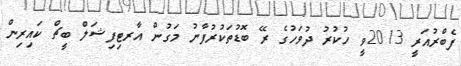
ފެބްރުއަރީ 2013ވީ ހުކުރު ދުވަހުގެ ރޭ ބޮޑުތަކުރުފާނު މަގުން އާރޓިފިޝަލް ބީޗް ކައިރިން